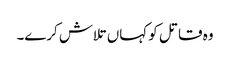
وہ قاتل کو کہاں تلاش کرے۔